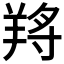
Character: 𦎆